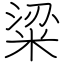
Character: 粱